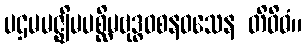
ပဌမမဇ္ဈိမပစ္ဆိမဗုဒ္ဓဝစနဝသေန တိဝိဓံ။